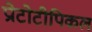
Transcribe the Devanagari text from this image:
प्रोटोटीपिकल